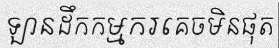
ឡានដឹកកម្មករគេចមិនផុត